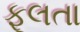
ફૂલતા